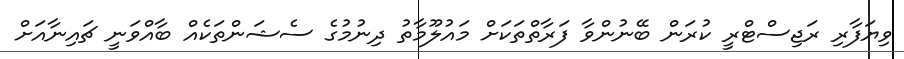
ވިޔަފާރި ރަޖިސްޓްރީ ކުރަން ބޭނުންވާ ފަރާތްތަކަށް މައުލޫމާތު ދިނުމުގެ ސެޝަންތަކެއް ބާއްވަނީ ޗައިނާއަށް